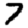
Digit: 7